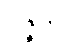
ပဇ္ဇတိ